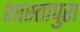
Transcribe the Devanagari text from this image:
शास्तापुरा